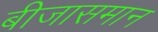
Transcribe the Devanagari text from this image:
बीजासमान